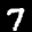
Label: 7